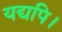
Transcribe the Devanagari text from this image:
यद्यपि।